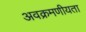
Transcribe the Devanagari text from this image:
अवक्रमणीयता